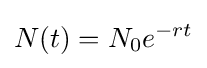
N(t)=N_{0}e^{-rt}